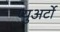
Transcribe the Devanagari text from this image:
प्युअर्टो